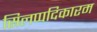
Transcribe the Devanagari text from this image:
सिलप्पदिकारम